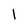
Character: 1